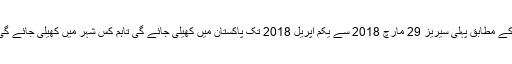
ان کا کہنا تھا کہ معاہدے کے مطابق پہلی سیریز 29 مارچ 2018 سے یکم اپریل 2018 تک پاکستان میں کھیلی جائے گی تاہم کس شہر میں کھیلی جائے گی اس کا اعلان نہیں کیا گیا۔